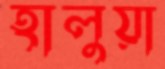
হালুয়া